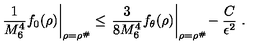
\left. \frac { 1 } { M _ { 6 } ^ { 4 } } f _ { 0 } ( \rho ) \right| _ { \rho = \rho ^ { \# } } \leq \left. \frac { 3 } { 8 M _ { 6 } ^ { 4 } } f _ { \theta } ( \rho ) \right| _ { \rho = \rho ^ { \# } } \! - \frac { C } { \epsilon ^ { 2 } } \ .